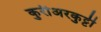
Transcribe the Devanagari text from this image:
कुरीअरकुट्टी